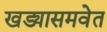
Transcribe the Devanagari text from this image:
खड्यासमवेत